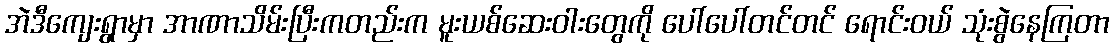
အဲဒီကျေးရွာမှာ အာဏာသိမ်းပြီးကတည်းက မူးယစ်ဆေးဝါးတွေကို ပေါ်ပေါ်တင်တင် ရောင်းဝယ် သုံးစွဲနေကြတာ